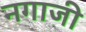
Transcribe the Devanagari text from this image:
नगाजी